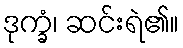
ဒုက္ခံ၊ ဆင်းရဲ၏။